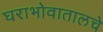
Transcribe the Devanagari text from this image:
घराभोवातालचे